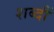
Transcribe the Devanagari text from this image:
शब्दौं